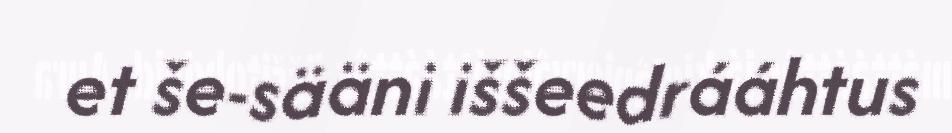
et še-sääni iššeedrááhtus